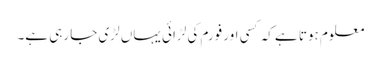
معلوم ہوتا ہے کہ کسی اور فورم کی لڑائی یہاں لڑی جا رہی ہے۔